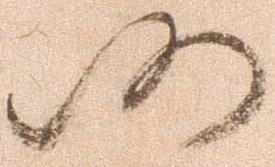
仍